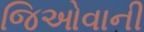
જિઓવાની